Civil Veterinary Department. Madras. Admin. report 1926-33 - 1926-1933
Year: 1926
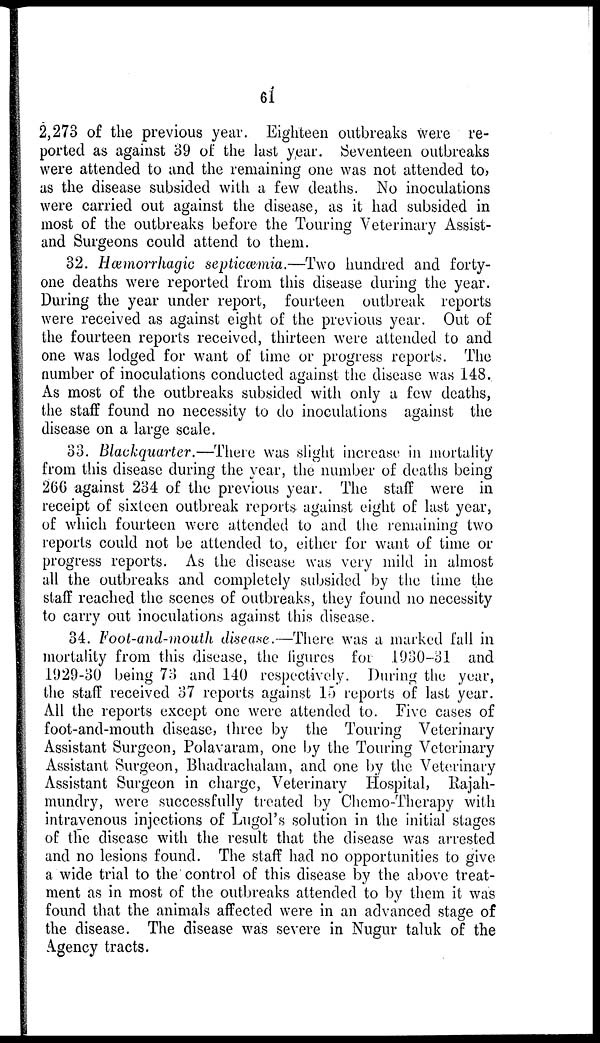
61
2,273 of the previous year. Eighteen outbreaks were re-
ported as against 39 of the last year. Seventeen outbreaks
were attended to and the remaining one was not attended to,
as the disease subsided with a few deaths. No inoculations
were carried out against the disease, as it had subsided in
most of the outbreaks before the Touring Veterinary Assist-
and Surgeons could attend to them.
32. Hæmorrhagic septicæmia.—Two hundred and forty-
one deaths were reported from this disease during the year.
During the year under report, fourteen outbreak reports
were received as against eight of the previous year. Out of
the fourteen reports received, thirteen were attended to and
one was lodged for want of time or progress reports. The
number of inoculations conducted against the disease was 148.
As most of the outbreaks subsided with only a few deaths,
the staff found no necessity to do inoculations against the
disease on a large scale.
33. Blackquarter.—There was slight increase in mortality
from this disease during the year, the number of deaths being
266 against 234 of the previous year. The staff were in
receipt of sixteen outbreak reports against eight of last year,
of which fourteen were attended to and the remaining two
reports could not be attended to, either for want of time or
progress reports. As the disease was very mild in almost
all the outbreaks and completely subsided by the time the
staff reached the scenes of outbreaks, they found no necessity
to carry out inoculations against this disease.
34. Foot-and-mouth disease.—There was a marked fall in
mortality from this disease, the figures for 1930-31 and
1929-30 being 73 and 140 respectively. During the year,
the staff received 37 reports against 15 reports of last year.
All the reports except one were attended to. Five cases of
foot-and-mouth disease, three by the Touring Veterinary
Assistant Surgeon, Polavaram, one by the Touring Veterinary
Assistant Surgeon, Bhadrachalam, and one by the Veterinary
Assistant Surgeon in charge, Veterinary Hospital, Rajah-
mundry, were successfully treated by Chemo-Therapy with
intravenous injections of Lugol's solution in the initial stages
of the disease with the result that the disease was arrested
and no lesions found. The staff had no opportunities to give
a wide trial to the control of this disease by the above treat-
ment as in most of the outbreaks attended to by them it was
found that the animals affected were in an advanced stage of
the disease. The disease was severe in Nugur taluk of the
Agency tracts.